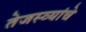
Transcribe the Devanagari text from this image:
तेजस्व्यांचे